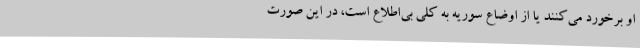
او برخورد می‌کنند یا از اوضاع سوریه به کلی بی‌اطلاع است، در این صورت